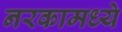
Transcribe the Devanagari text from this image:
नरकामध्ये